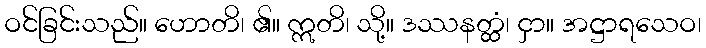
ဝင်ခြင်းသည်။ ဟောတိ၊ ၏။ ဣတိ၊ သို့။ ဒဿနတ္ထံ၊ ငှာ။ အဋ္ဌာရသေဝ၊